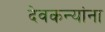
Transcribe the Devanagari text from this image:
देवकन्यांना